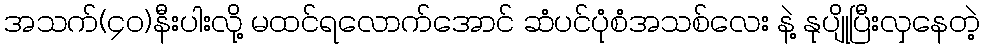
အသက်(၄၀)နီးပါးလို့ မထင်ရလောက်အောင် ဆံပင်ပုံစံအသစ်လေး နဲ့ နုပျိုပြီးလှနေတဲ့